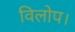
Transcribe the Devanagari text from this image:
विलोप।